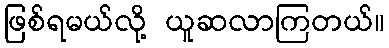
ဖြစ်ရမယ်လို့ ယူဆလာကြတယ်။